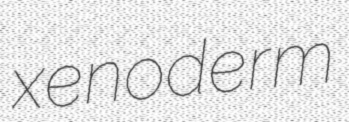
xenoderm